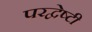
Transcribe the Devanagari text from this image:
परद्वेष्टी